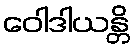
ဝေါဒါယန္တိ